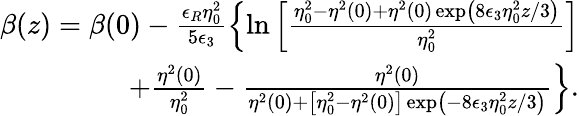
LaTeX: \begin{array}{r}{\beta(z)=\beta(0)-\frac{\epsilon_{R}\eta_{0}^{2}}{5\epsilon_{3}}\left\{ \ln\left[\frac{\eta_{0}^{2}-\eta^{2}(0)+\eta^{2}(0)\exp\left(8\epsilon_{3}\eta_{0}^{2}z/3\right)}{\eta_{0}^{2}}\right]\right.}\\ {\left.+\frac{\eta^{2}(0)}{\eta_{0}^{2}}-\frac{\eta^{2}(0)}{\eta^{2}(0)+\left[\eta_{0}^{2}-\eta^{2}(0)\right]\exp\left(-8\epsilon_{3}\eta_{0}^{2}z/3\right)}\right\} .}\end{array}